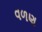
વળણ